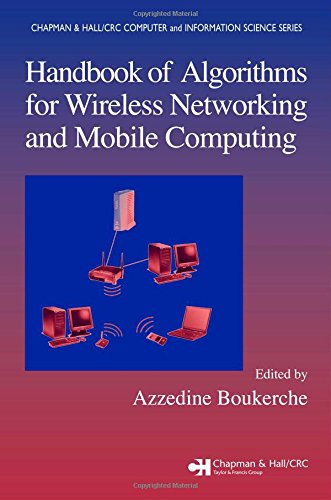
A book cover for Handbook of Algorithms for Wireless Networking and Mobile Computing (Chapman & Hall/CRC Computer and Information Science Series); Computers & Technology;